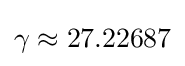
\gamma \approx 27.22687